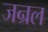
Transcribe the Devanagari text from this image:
जन्रल